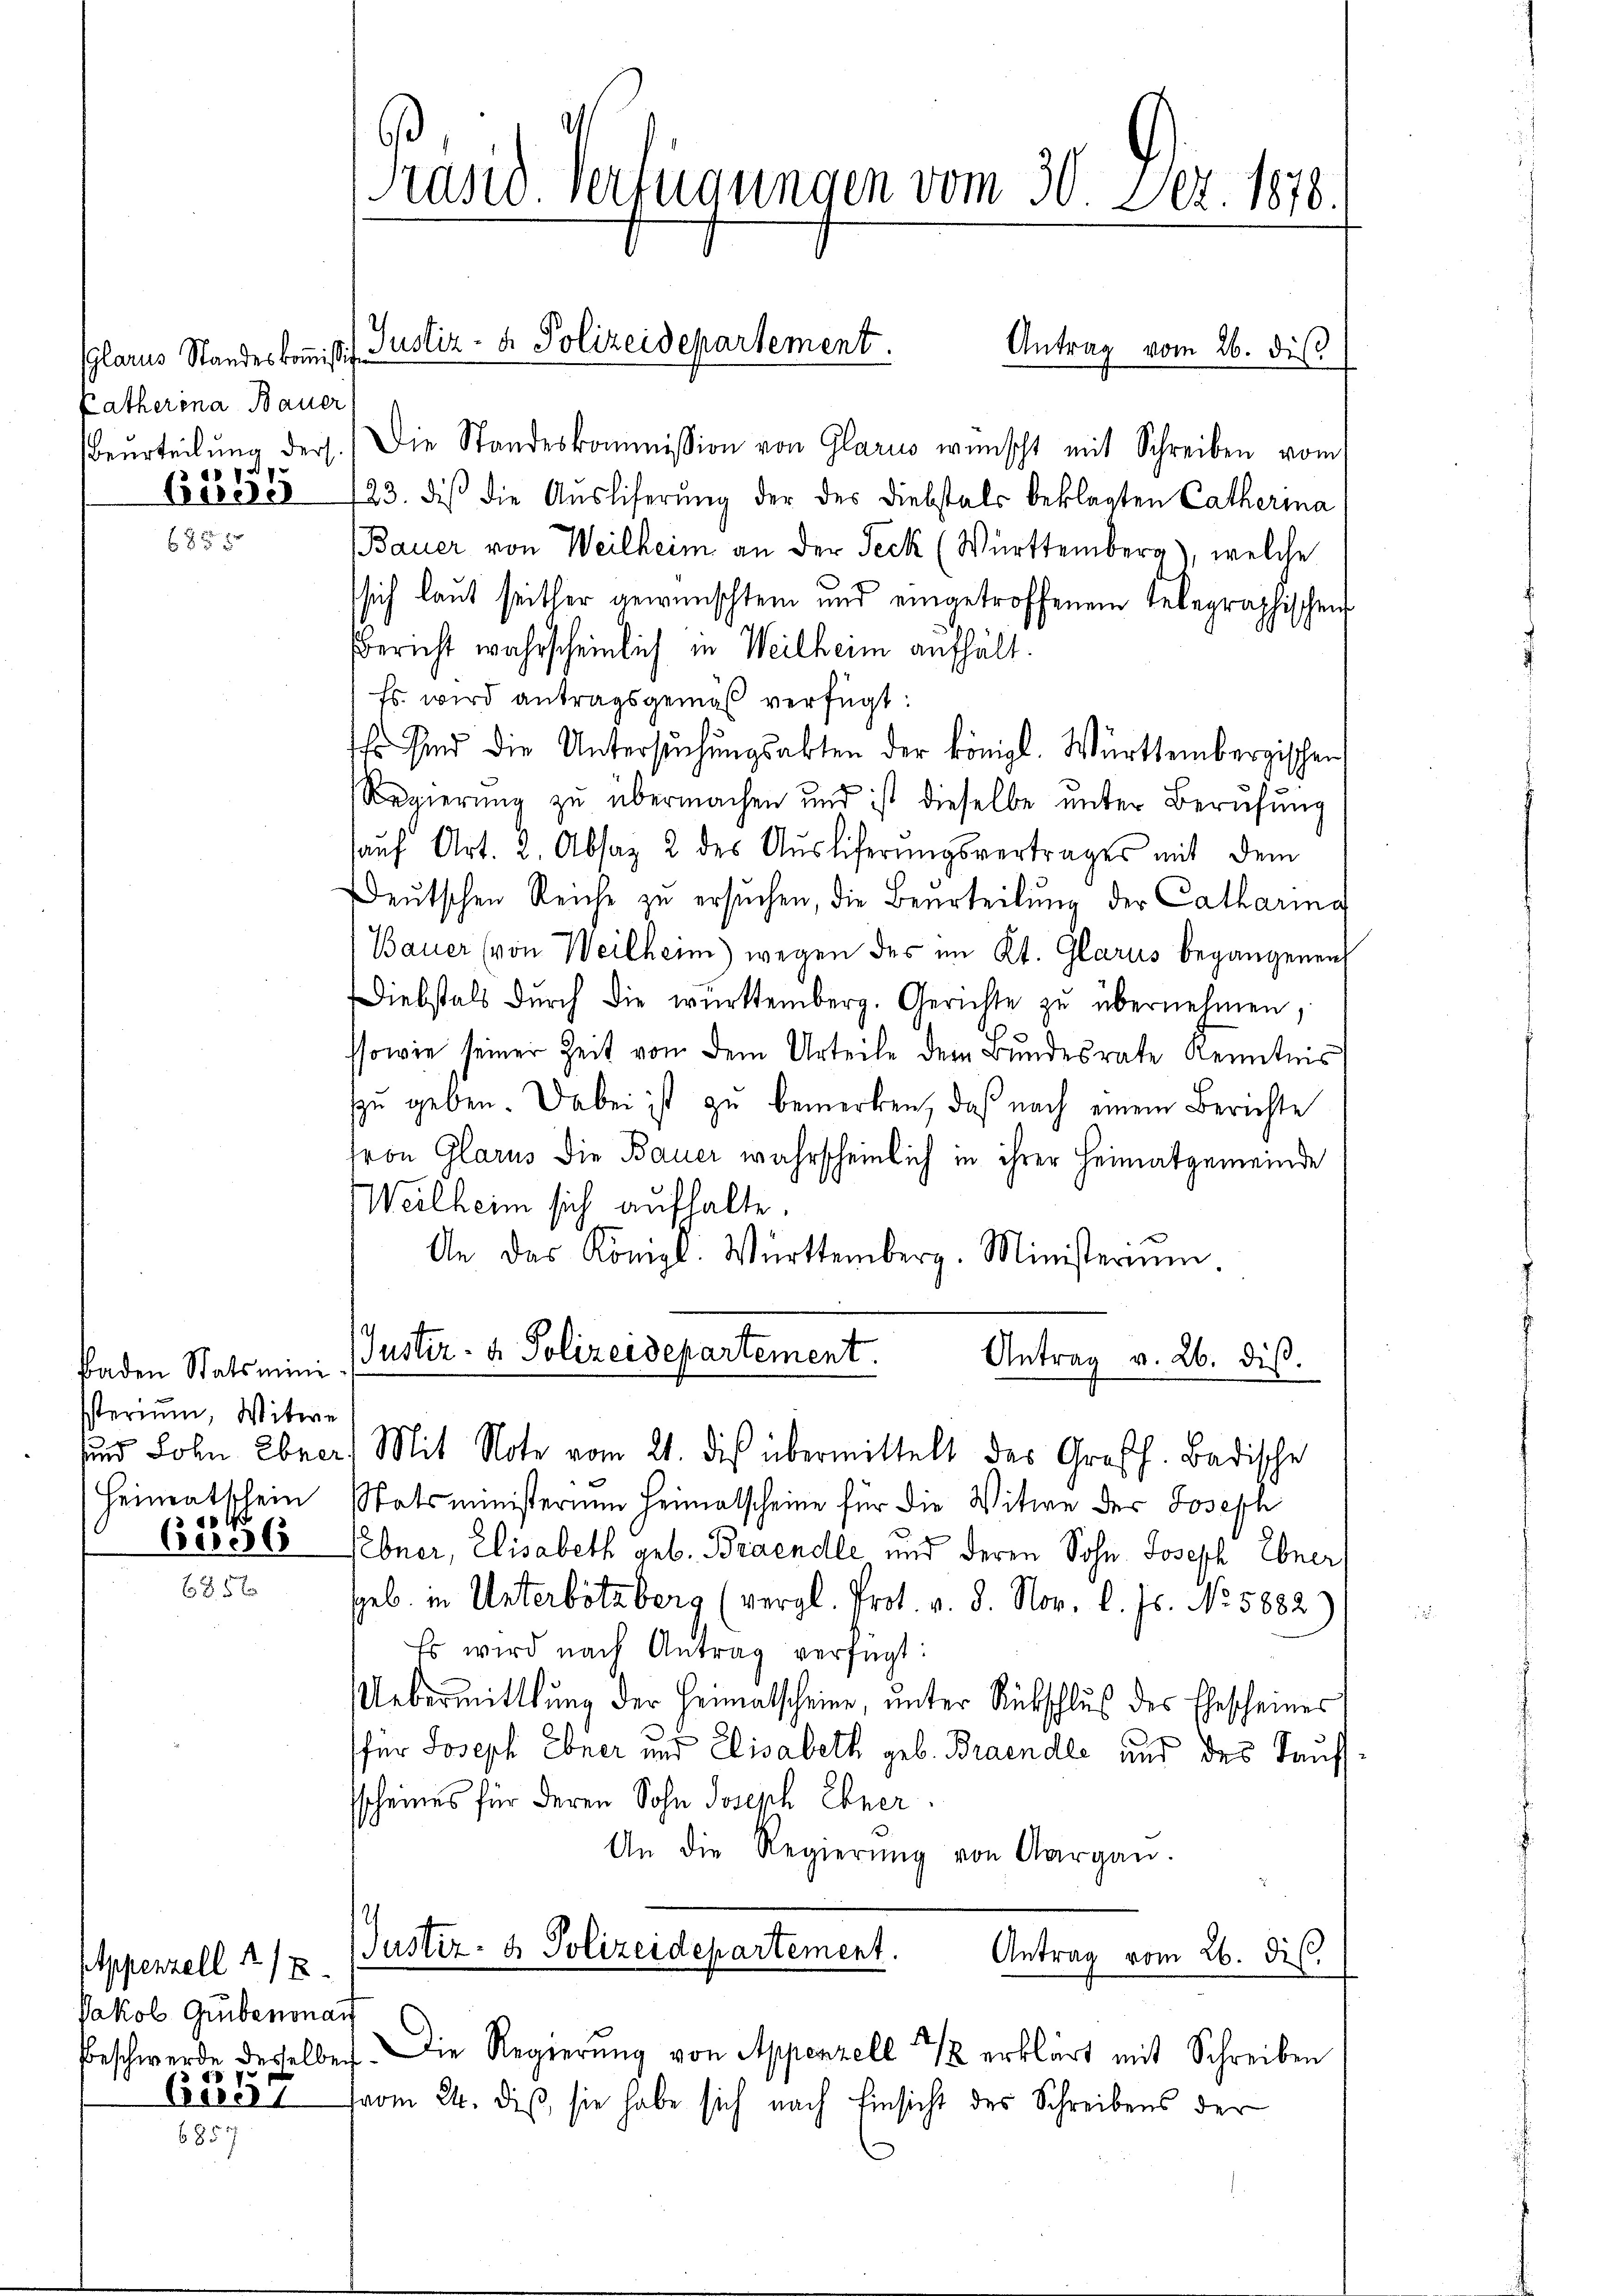
Glarus Standeskommission
Patherina Bauer
Beurteilung ders.

6858

Isterium, Witwe
sund Lohn Ebner
Heimatschein
5

6036

Appenzell 1/2
Jakob Grubenonau

685.

Präsid. Verfügungen vom 30. Dez. 1876.

Die Standeskommission von Glarus wünscht mit Schreiben vom
Cereser 123. des die Aŭsliferŭng der des Diebstals beklagten Catherma
Bauer von Weilheim an der Teck (Württemberg), welche
sich laut seither gewünschten und eingetroffenem Telegraphischen
Bericht wahrscheinlich in Weilheim aufhält.
Es wird antragsgemäβ verfügt:
Ich sind die Untersuchungsakten der königl. Württembergischen
Regierung zu übermachen und ist dieselbe ŭnter Berufung
auf Art. 2. Absaz 2 des Auslieferungsvertrages mit dem
Deutschen Reiche zu ersuchen, die Beurteilung der Catharing
Bauer (von Weilheim) wegen des im Kt. Glarus begangenen
Diebstals dŭrch die württemberg. Gerichte zŭ übernehmen,
ssowie seiner Zeit von dem Urteile dem Bundesrate Kenntnis
zŭ geben. Dabei ist zu bemerken, daß nach einem Berichte
fron Glarus die Bauer wahrscheinlich in ihrer Heimatgemeinde
Weilheim sich aufhalte.
An das Königl. Württemberg. Ministerium
Baden Statsmini (Justiz- & Polizeidepartement.
Antrag v. 26. dis.
) Mit Note vom 21. dies übermittelt das Großh. Badische
Statsministerium Heimatscheine für die Witwe der Joseph
Nebner, Elisabeth geb. Brandle und deren Sohn Joseph Ebner,
geb. in Unterbötzberg (vergl. Prot. v. 8. Nov. l. Js. No. 5882)
Es wird nach Antrag verfügt:
Uebermittlung der Heimatscheine, unter Rückschluß des Ehescheines
für Joseph Ebner und Elisabeth geb. Brandle und des Kaufssscheines für deren Sohn Joseph Ebner.
An die Regierŭng von Aargau.
Justiz- & Polizeidepartement.
Antrag vom 26. di

Justiz- & Polizeidepartement.
Antrag vom 26. diβ

Beschwerde desselben. Die Regierŭng von Appenzell 2 1/2 erklärt mit Schreiben
Ces 187 vom 24. diß, sie habe sich nach Einsicht des Schreibens der